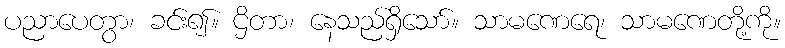
ပညာပေတွာ၊ ခင်း၍။ ဌိတာ၊ နေသည်ရှိသော်။ သာမဏေရေ၊ သာမဏေတို့ကို။